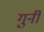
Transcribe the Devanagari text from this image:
गुर्नी